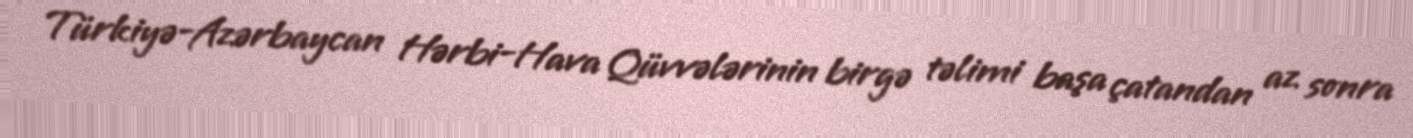
Türkiyə-Azərbaycan Hərbi-Hava Qüvvələrinin birgə təlimi başa çatandan az sonra